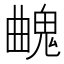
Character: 𩳄